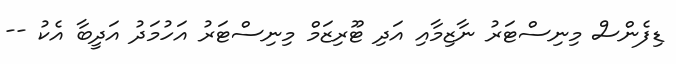
ޑިފެންސް މިނިސްޓަރު ނާޒިމާއި އަދި ޓޫރިޒަމް މިނިސްޓަރު އަހުމަދު އަދީބާ އެކު --